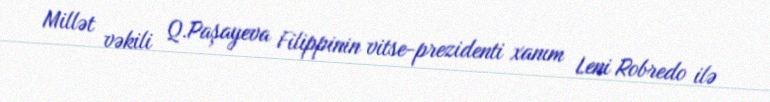
Millət vəkili Q.Paşayeva Filippinin vitse-prezidenti xanım Leni Robredo ilə